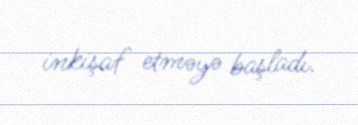
inkişaf etməyə başladı.